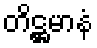
တိဋ္ဌမာနံ